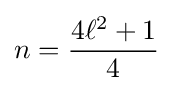
n={\frac {4\ell ^{2}+1}{4}}